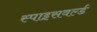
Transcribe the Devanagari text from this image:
स्पाइसवर्ल्ड